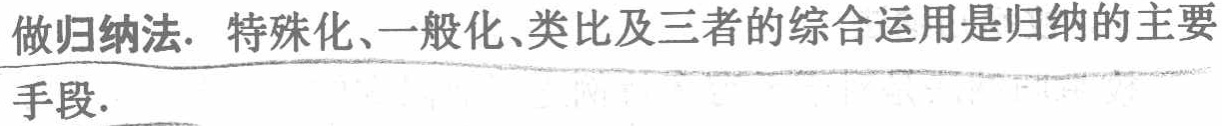
做归纳法. 特殊化、一般化、类比及三者的综合运用是归纳的主要手段.